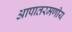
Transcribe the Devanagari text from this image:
आपातरमणीय